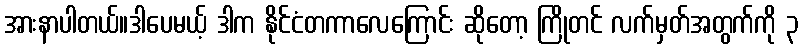
အားနာပါတယ်။ဒါပေမယ့် ဒါက နိုင်ငံတကာလေကြောင်း ဆိုတော့ ကြိုတင် လက်မှတ်အတွက်ကို ၃